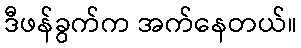
ဒီဖန်ခွက်က အက်နေတယ်။